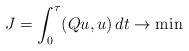
LaTeX: \begin{align*}J = \int_0^\tau (Qu,u)\,dt \to \min\end{align*}